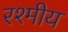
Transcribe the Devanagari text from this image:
रश्मीय